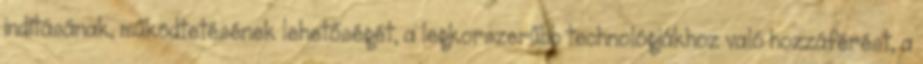
indításának, működtetésének lehetőségét, a legkorszerűbb technológiákhoz való hozzáférést, a